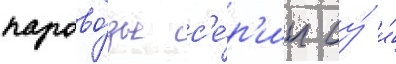
парово́зы с'е́р'ии су́ и́